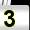
Digit: 3